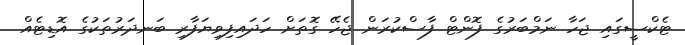
ޓެކްސީގައި ޖަހާ ނަމްބަރުގެ ފޮންޓް ފާސްކުރަން ޖެހޭ ގޮތަށް ހަދައިފިވިޔަފާރި ބަނދަރުތަކުގެ އޮޑިޓެއް